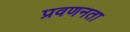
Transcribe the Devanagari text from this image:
प्रवणनता